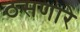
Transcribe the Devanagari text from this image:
ठसणारे